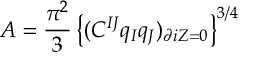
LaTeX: A = { \frac { \pi ^ { 2 } } { 3 } } \left\{ ( C ^ { I J } q _ { I } q _ { J } ) _ { \partial i Z = 0 } \right\} ^ { 3 / 4 }